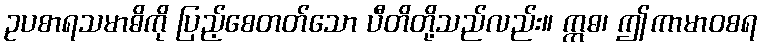
ဥပစာရသမာဓိကို ပြည့်စေတတ်သော ပီတိတို့သည်လည်း။ ဣဓ၊ ဤကာမာဝစရ